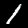
Digit: 1